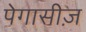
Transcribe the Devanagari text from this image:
पेगासीज़